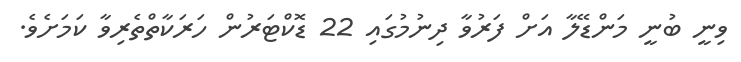
ވިނީ ބުނީ މަންޑޭލާ އަށް ފަރުވާ ދިނުމުގައި 22 ޑޮކްޓަރުން ހަރަކާތްތެރިވާ ކަމަށެވެ.